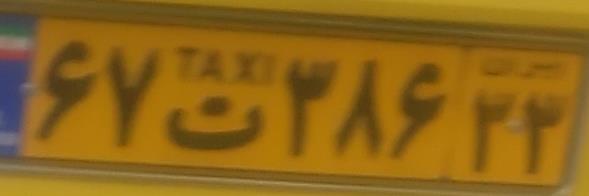
۶۷ت۳۸۶۳۳